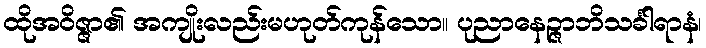
ထိုအဝိဇ္ဇာ၏ အကျိုးလည်းမဟုတ်ကုန်သော။ ပုညာနေဉ္ဇာဘိသင်္ခါရာနံ၊